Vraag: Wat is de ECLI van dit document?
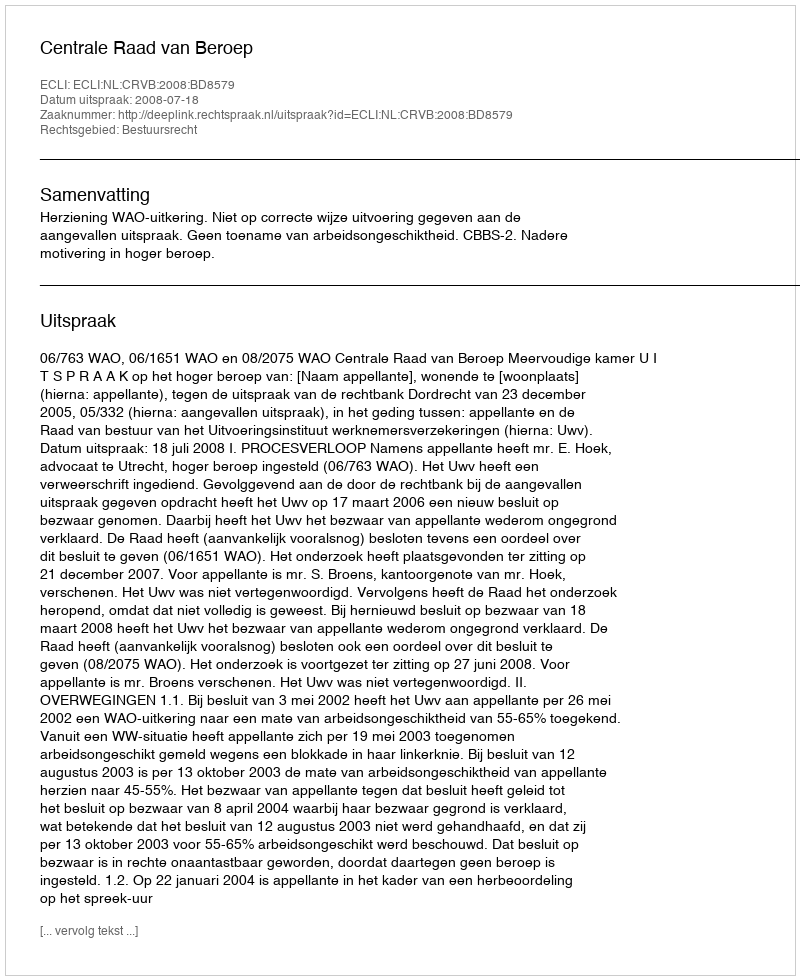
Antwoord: ECLI:NL:CRVB:2008:BD8579